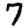
Digit: 7